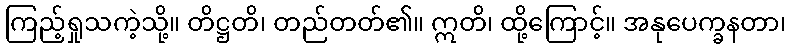
ကြည့်ရှုသကဲ့သို့။ တိဋ္ဌတိ၊ တည်တတ်၏။ ဣတိ၊ ထို့ကြောင့်။ အနုပေက္ခနတာ၊